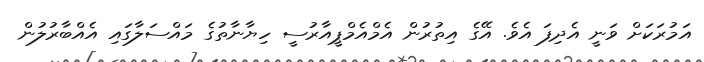
އަމުރަކަށް ވަނީ އެދިފަ އެވެ. އޭގެ އިތުރުން އެމްއެމްޕީއާރުސީ ހިޔާނާތުގެ މައްސަލާގައި އެއްބާރުލުން